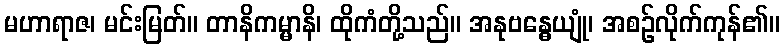
မဟာရာဇ၊ မင်းမြတ်။ တာနိကမ္မာနိ၊ ထိုကံတို့သည်။ အနုဗန္ဓေယျုံ၊ အစဉ်လိုက်ကုန်၏။